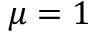
\mu = 1